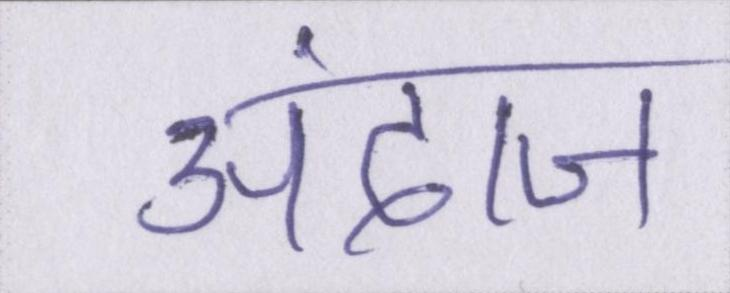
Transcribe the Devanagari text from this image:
अंदाज